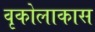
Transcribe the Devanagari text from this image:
वृकोलाकास